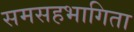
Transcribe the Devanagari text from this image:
समसहभागिता